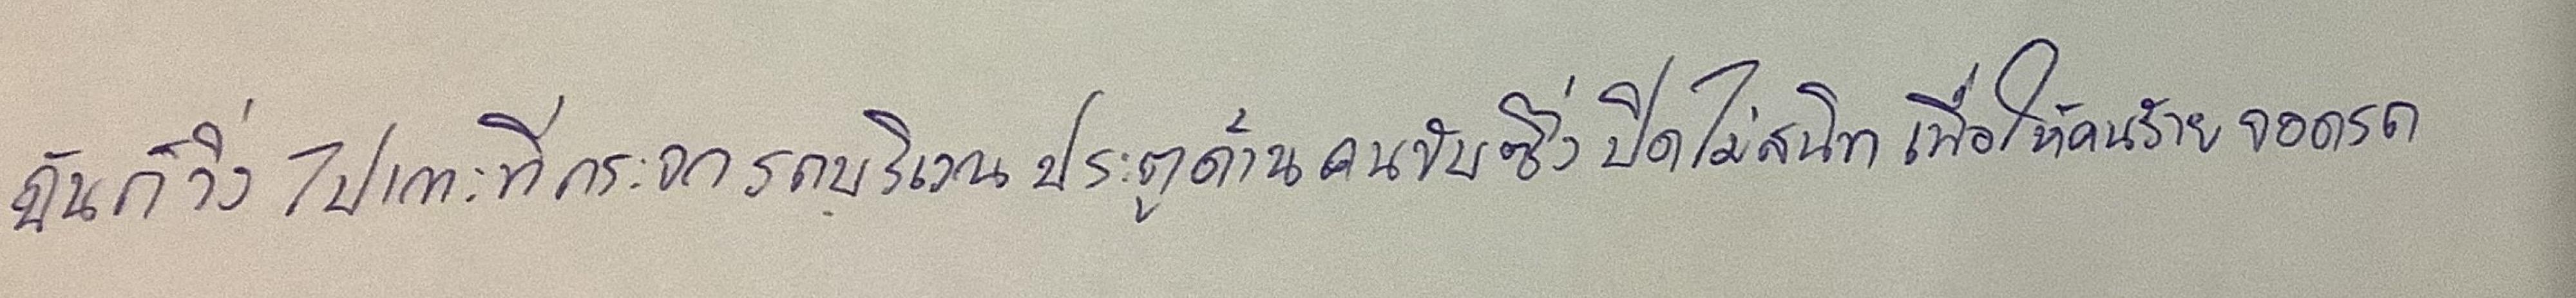
ฉันก็วิ่งไปเกาะที่กระจกรถบริเวณประตูด้านคนขับซึ่งปิดไม่สนิทเพื่อให้คนร้ายจอดรถ